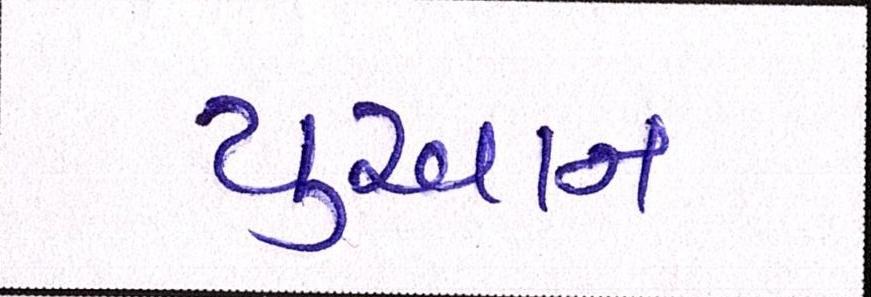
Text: યુઆન